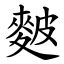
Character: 麬